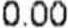
0.00